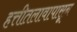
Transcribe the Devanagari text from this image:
हत्तीतलावापासून